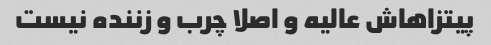
پیتزاهاش عالیه و اصلا چرب و زننده نیست